Report on the working of the Ranchi Indian Mental Hospital, Kanke, in Bihar and Orissa - 1930-1940
Year: 1930
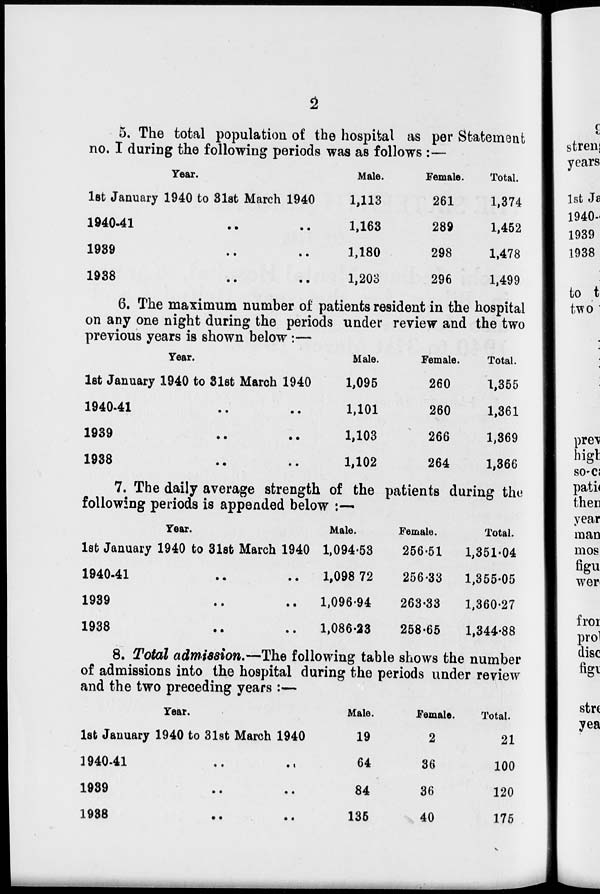
2
5. The total population of the hospital as per Statement
no. I during the following periods was as follows :—
Year.
1st January 1940 to 31st March 1940
1940-41 .. ..
1939
..
..
1938
..
..
Male.
1,113
1,163
1,180
1,203
Female.
261
289
298
296
Total.
1,374
1,452
1,478
1,499
6. The maximum number of patients resident in the hospital
on any one night during the periods under review and the two
previous years is shown below :—
Year.
1st January 1940 to 31st March 1940
1940-41 .. ..
l939
..
..
1938
..
..
Male.
1,095
1,101
1,103
1,102
Female.
260
260
266
264
Total.
1,355
1,361
1,369
1,366
7. The daily average strength of the patients during the
following periods is appended below :—
Year.
1st January 1940 to 31st March 1940
1940-41 .. ..
1939 .. ..
1938
..
..
Male.
1,094.53
1,098.72
1,096.94
1,086.23
Female.
256.51
256.33
263.33
258.65
Total.
1,351.04
1,355.05
1,360.27
1,344.88
8. Total admission.—The following table shows the number
of admissions into the hospital during the periods under review
and the two preceding years :—
Year.
1st January 1940 to 31st March 1940
1940-41 .. ..
1939
..
..
1938 .. ..
Male.
19
64
84
135
Female.
2
36
36
40
Total.
21
100
120
175